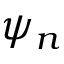
\psi _ { n }